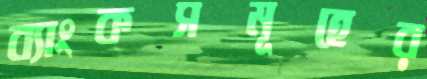
ব্যাংকসমূহের